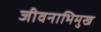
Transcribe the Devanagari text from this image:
जीवनाभिमुख